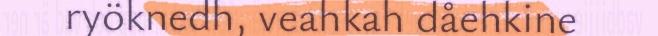
ryöknedh, veahkah dåehkine